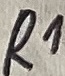
Text: R1